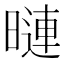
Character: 𭧒